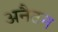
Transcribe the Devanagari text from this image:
अनैठन